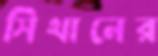
সিথানের